Juuru_vallavalitsus, lk 37
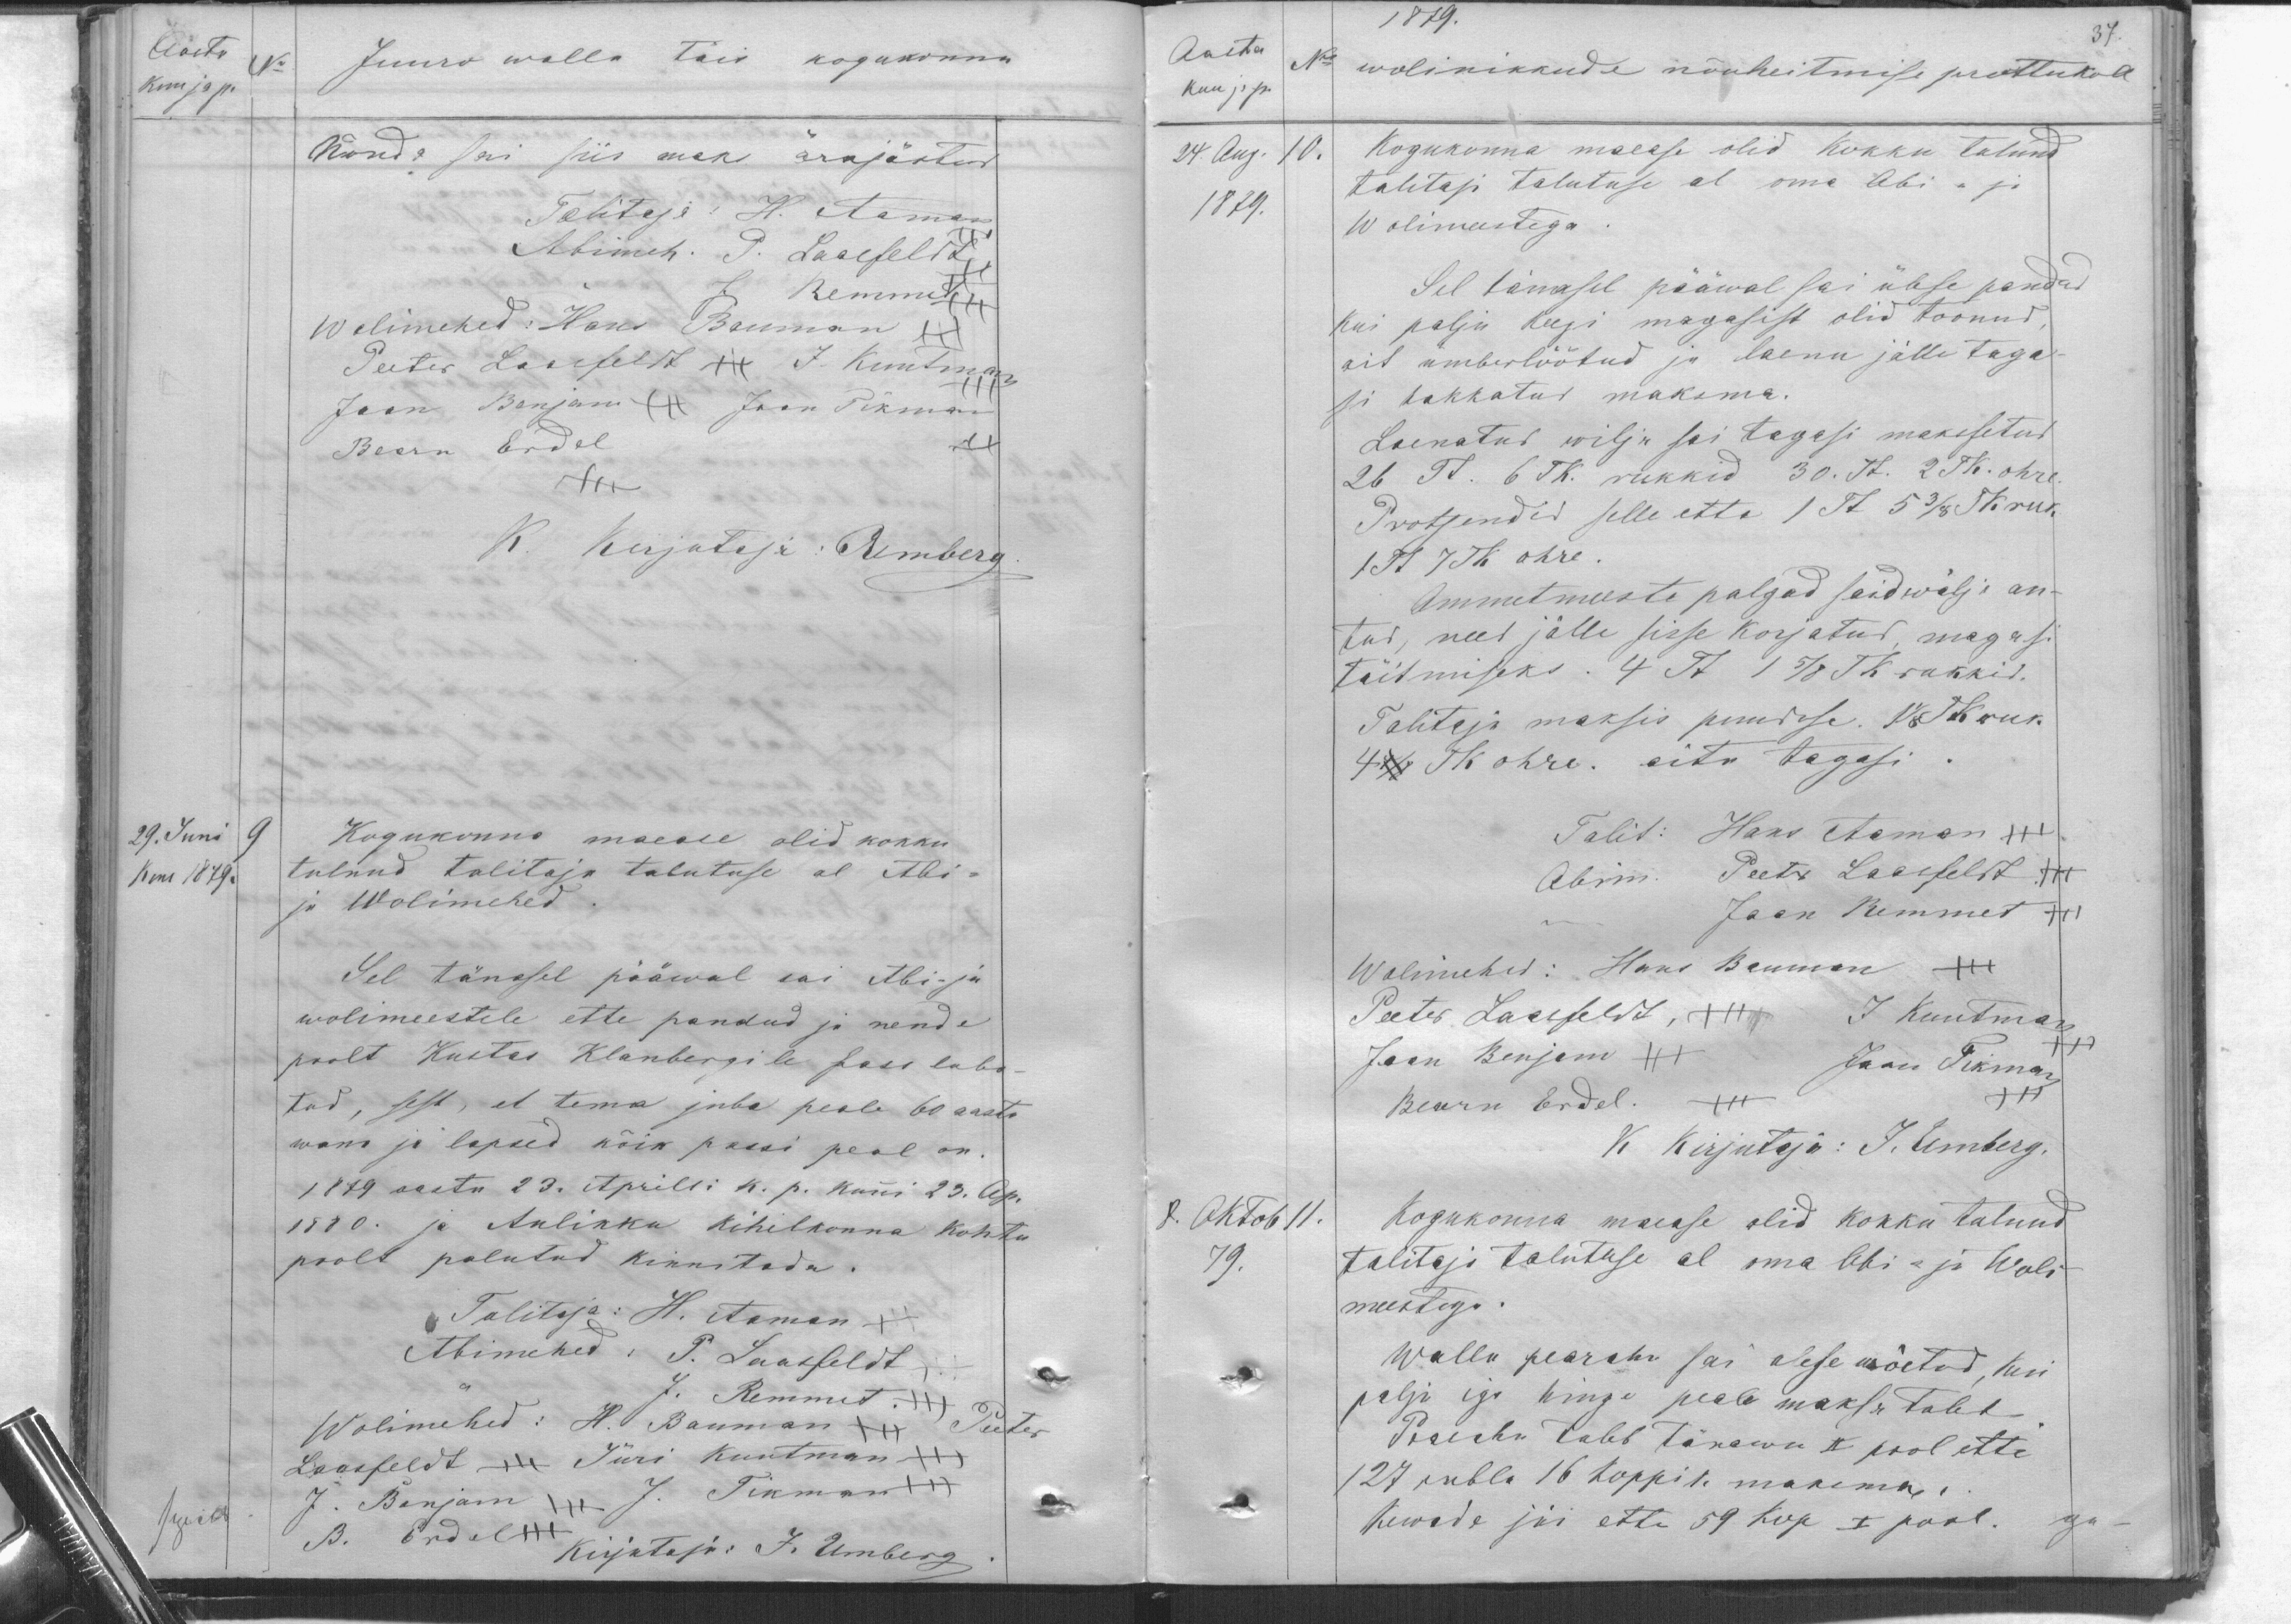
Aasta
kuu ja p. No
Juuro walla täis kogukonna
Nõnda sai siis maks arajäotud
Talitaja: H. Aaman
Abimeh. J. Laasfeldt,
J. Remmet
Wolimehed: Hans Baumann
Peeter Laasfeldt  J. Kuutman
Jaan Benjam XXX Jaan Pikman
Beern Erdel
K. Kirjutaja: AUmberg
29. Juni 9
Kuu 1879.
Kogukonna maease olid kokku
tulnud talitaja talutuse al Abi-
ja Wolimehed.
Sel tänasel pääwal sai Abi-ja
wolimeestele ette pandud ja nende
poolt Kustas Klanbergile pass luba-
tud, sest, et tema juba peale 60 aasta
wana ja lapsed kõik passi peal on.
1879 aasta 23. Aprilli k. p. kuni 23. Ap.
1880. ja Aulikku kihelkonna kohtu
poolt palutud kinnitada.
Talitaja: H. Aaman
Abimehed: P. Laasfeldt.
J. Remmet XXX
Wolimehed: H. Baumann Peeter
Laasfeldt  Jüri kuutman
puib
J. Benjam J. Tikmann
B. Erdel
Kirjutaja: J. Umberg.

37.
1879.
Aasta
kuu ja p.
24. Aug. 10.
1879.
No wolinikkude nõuheitmise prottukoll
Kogukonna maease olid kokku tulnud,
talitaja talutuse al oma Abi - ja
Wolimeestega.
Sel tänasel pääwal sai ülese pandud
Kui palju keegi magasist olid toonud,
ait ümberlöötud ja laenu jälle taga-
si hakkatus maksma.
Laenatud wilja sai tagasi makssetud
26 Tl. 6 Tk. rukkid 30. Tf. 2 Tk. ohre.
Protsendid selle ette / Tf 5 3/8 Tf. rur.
1st 7 Tk ohre.
Ammetmeeste palgad said wälja an-
tud, need jälle sisse korjatud, magasi
täitmiseks. 4 Tf 1 5/8 Tk rukkid.
Talitaja maksis puuduse.  1/8 Tk rur.
4 #  Tk ohre. aita tagasi.
Talit: Hans Aaman +++
Abim. Peeter Laasfeldt +++
Jaan Remmet +++
Wolimehed: Hans Bauman +++
Peeter Laasfeldt, XXX J Kuutman
Jaan Benjam +++ Hans Jaan Tikman
Beaern Erdel. +++
K Kirjutaja: J. Umberg
8. Oktob 11.
79.
Kogukonna maease olid kokku tulnud
talitaja talutuse al oma Abi- ja Woli
meestega.
walla pearaha sai olese wõetud, kui
palju iga hinge peale maksa tuleb
Pearaha tuleb tänawu II pool ette
127 rubla 16 koppik maksma,
kewade jäi ette 59 kop I pool.